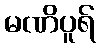
မဏိပူရ်